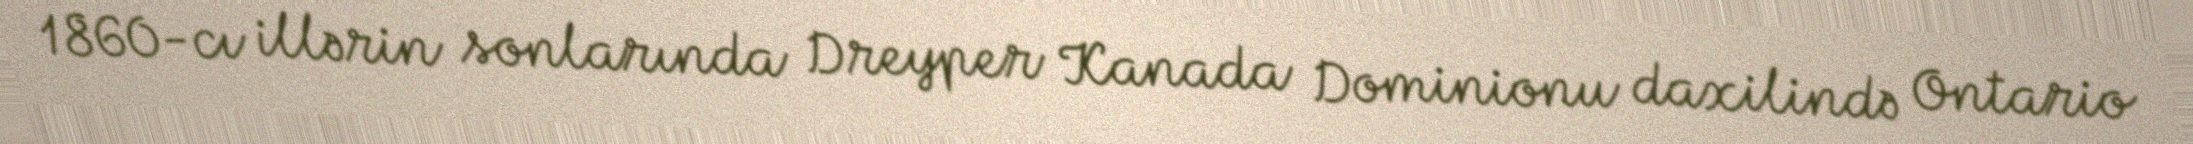
1860-cı illərin sonlarında Dreyper Kanada Dominionu daxilində Ontario